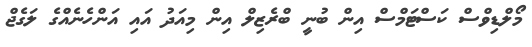
މޯލްޑިވްސް ކަސްޓަމްސް އިން ބުނީ ބްރެޒިލް އިން މިއަދު އައި އަންހެނެއްގެ ލަގެޖް